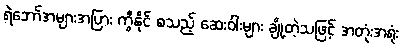
ရဲဘော်အများအပြား ကွီနိုင် စသည့် ဆေးဝါးများ ချို့တဲ့သဖြင့် အတုံးအရုံး